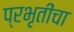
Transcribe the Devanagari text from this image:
प्रभृतींचा